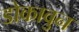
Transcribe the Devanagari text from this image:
डोकावुन